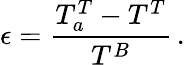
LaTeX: \epsilon=\frac{T_{a}^{T}-T^{T}}{T^{B}}\, .